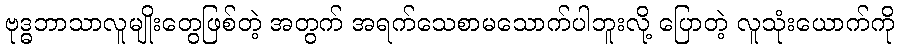
ဗုဒ္ဓဘာသာလူမျိုးတွေဖြစ်တဲ့ အတွက် အရက်သေစာမသောက်ပါဘူးလို့ ပြောတဲ့ လူသုံးယောက်ကို